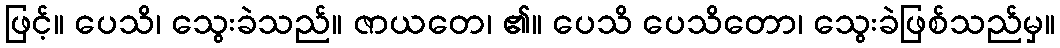
ဖြင့်။ ပေသိ၊ သွေးခဲသည်။ ဇာယတေ၊ ၏။ ပေသိ ပေသိတော၊ သွေးခဲဖြစ်သည်မှ။